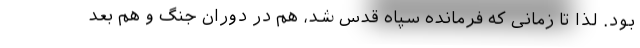
بود. لذا تا زمانی که فرمانده سپاه قدس شد، هم در دوران جنگ و هم بعد